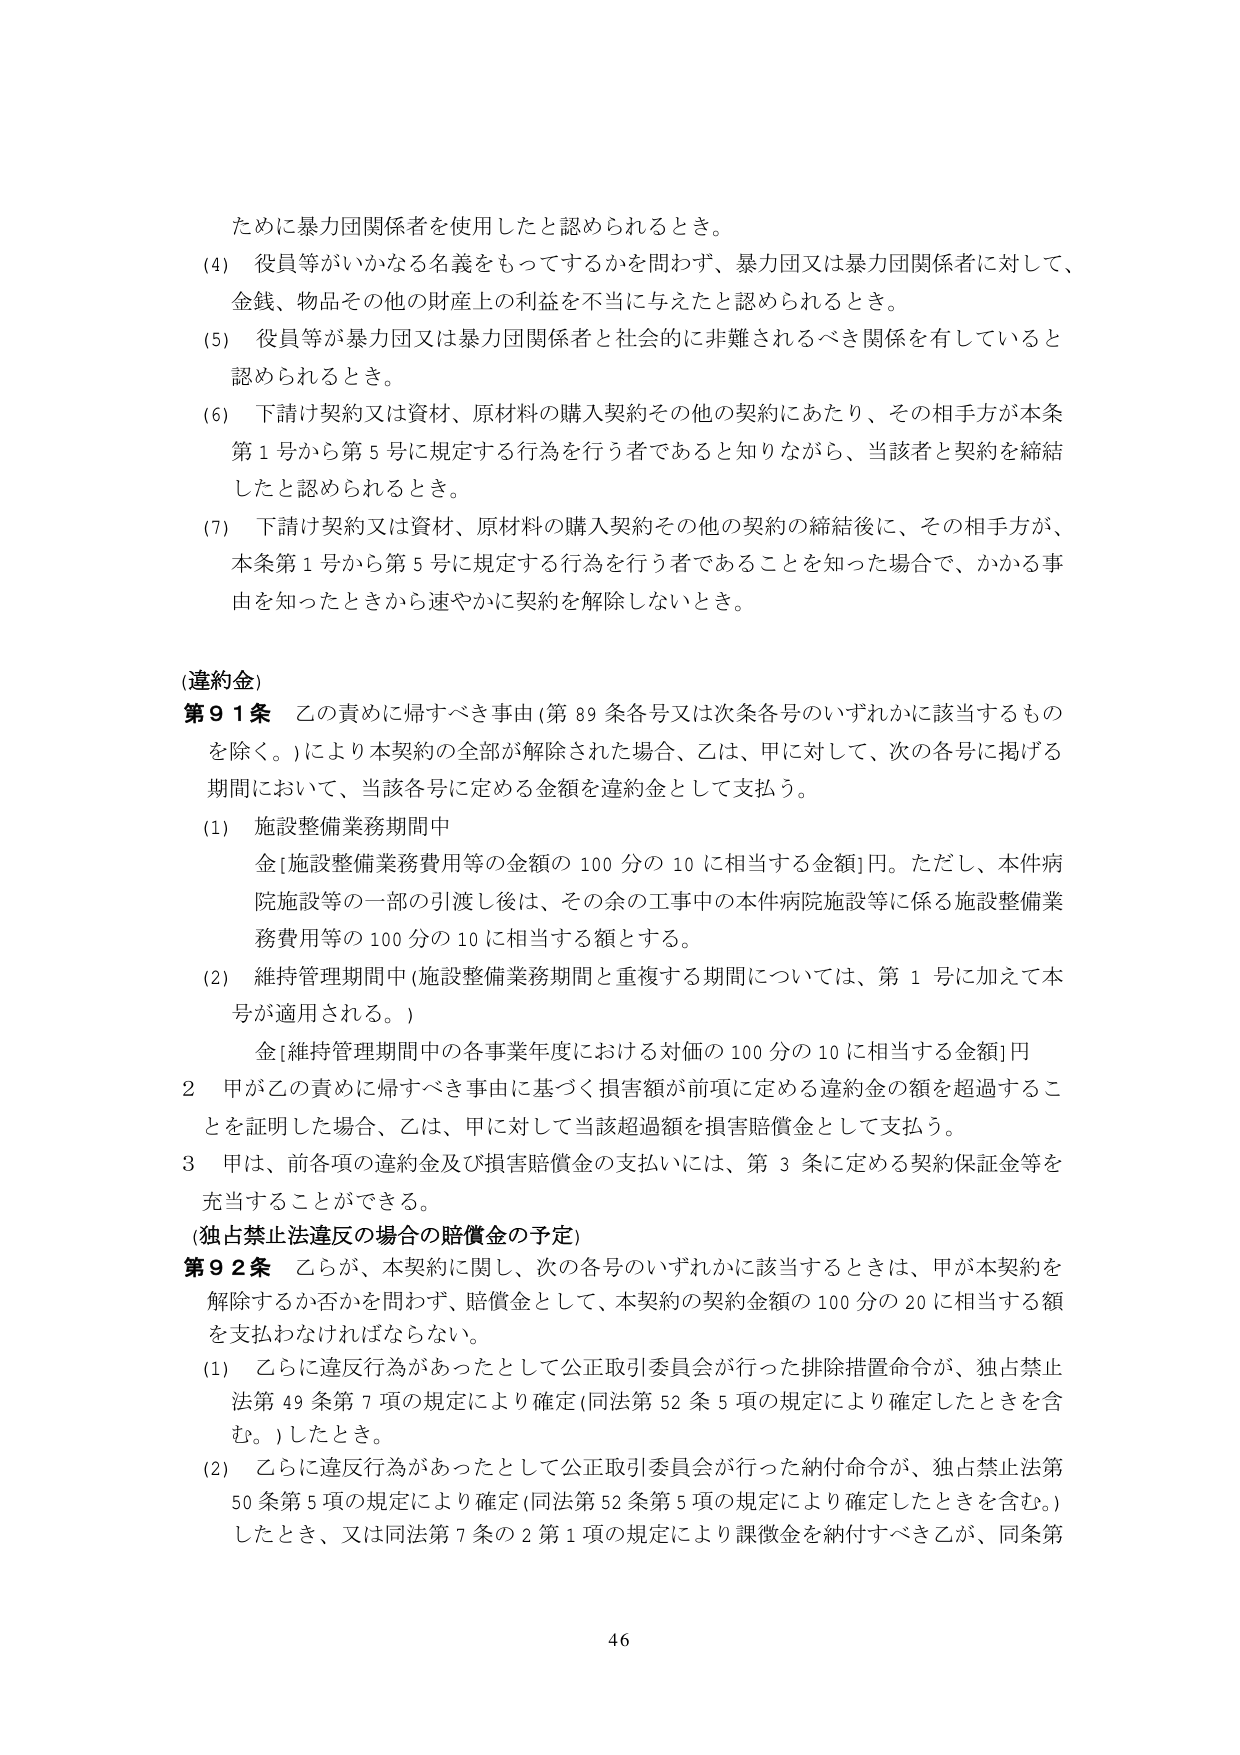
ために暴力団関係者を使用したと認められるとき。

(4) 役員等がいかなる名義をもってするかを問わず、暴力団又は暴力団関係者に対して、
金銭、物品その他の財産上の利益を不正に与えたと認められるとき。

(5) 役員等が暴力団又は暴力団関係者と社会的に非難されるべき関係を有していると
認められるとき。

(6) 下請け契約又は資材、原材料の購入契約その他の契約にあたり、その相手方が本条
第1号から第5号に規定する行為を行う者であると知りながら、当該者と契約を締結
したと認められるとき。

(7) 下請け契約又は資材、原材料の購入契約その他の契約の締結後に、その相手方が、
本条第1号から第5号に規定する行為を行う者であることを知った場合で、かかる事
由を知ったときから速やかに契約を解除しないとき。

(違約金)
第91条 乙の責めに帰すべき事由（第89条各号又は次条各号のいずれかに該当するもの
を除く。）により本契約の全部が解除された場合、乙は、甲に対して、次の各号に掲げる
期間において、当該各号に定める金額を違約金として支払う。

(1) 施設整備業務期間中
金［施設整備業務費用等の金額の100分の10に相当する金額］円。ただし、本件病
院施設等の一部の引渡し後は、その余の工事中の本件病院施設等に係る施設整備業
務費用等の100分の10に相当する額とする。

(2) 維持管理期間中（施設整備業務期間と重複する期間については、第1号に加えて本
号が適用される。）
金［維持管理期間中の各事業年度における対価の100分の10に相当する金額］円

2 甲が乙の責めに帰すべき事由に基づく損害額が前項に定める違約金の額を超過するこ
とを証明した場合、乙は、甲に対して当該超過額を損害賠償金として支払う。

3 甲は、前各項の違約金及び損害賠償金の支払いには、第3条に定める契約保証金等を
充当することができる。

(独占禁止法違反の場合の賠償金の予定)
第92条 乙らが、本契約に関し、次の各号のいずれかに該当するときは、甲が本契約を
解除するか否かを問わず、賠償金として、本契約の契約金額の100分の20に相当する額
を支払わなければならない。

(1) 乙らに違反行為があったとして公正取引委員会が行った排除措置命令が、独占禁止
法第49条第7項の規定により確定（同法第52条第5項の規定により確定したときを含
む。）したとき。

(2) 乙らに違反行為があったとして公正取引委員会が行った納付命令が、独占禁止法第
50条第5項の規定により確定（同法第52条第5項の規定により確定したときを含む。）
したとき、又は同法第7条の2第1項の規定により課徴金を納付すべき乙が、同条第

46